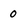
Character: 0